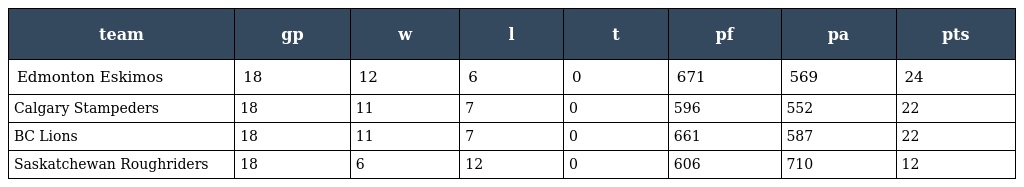
| team | gp | w | l | t | pf | pa | pts |
 | --- | --- | --- | --- | --- | --- | --- | --- |
 | Edmonton Eskimos | 18 | 12 | 6 | 0 | 671 | 569 | 24 |
 | Calgary Stampeders | 18 | 11 | 7 | 0 | 596 | 552 | 22 |
 | BC Lions | 18 | 11 | 7 | 0 | 661 | 587 | 22 |
 | Saskatchewan Roughriders | 18 | 6 | 12 | 0 | 606 | 710 | 12 |